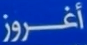
أغْروز